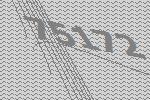
75172